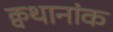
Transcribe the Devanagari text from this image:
क्वथानांक